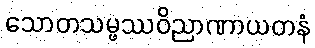
သောတသမ္ဖဿဝိညာဏာယတနံ